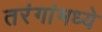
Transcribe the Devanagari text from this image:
तरंगांमध्ये